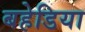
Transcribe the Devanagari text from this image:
बहेडिया